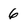
Character: 6